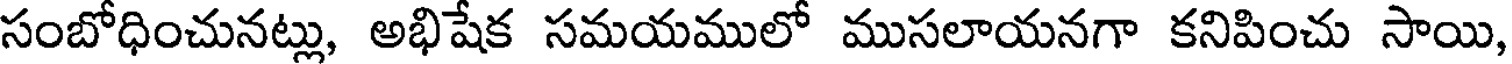
సంబోధించునట్లు, అభిషేక సమయములో ముసలాయనగా కనిపించు సాయి,